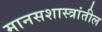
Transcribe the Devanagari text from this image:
मानसशास्त्रांतील